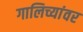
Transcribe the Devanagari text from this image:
गालिच्यांवर